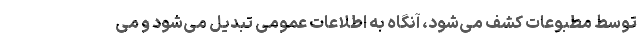
توسط مطبوعات کشف می‌شود، آنگاه به اطلاعات عمومی تبدیل می‌شود و می